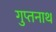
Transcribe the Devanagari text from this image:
गुप्तनाथ